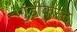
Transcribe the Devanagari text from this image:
गुडीकस्ट